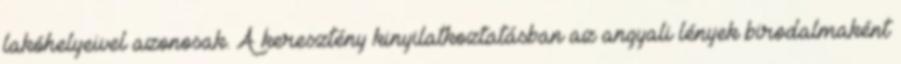
lakóhelyeivel azonosak. A keresztény kinyilatkoztatásban az angyali lények birodalmaként